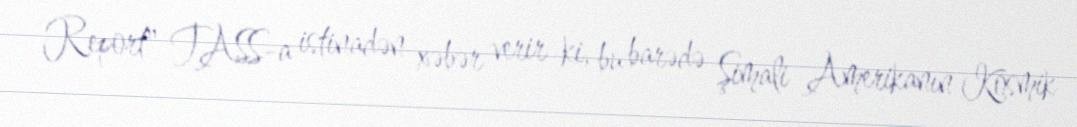
Report" TASS-a istinadən xəbər verir ki, bu barədə Şimali Amerikanın Kosmik